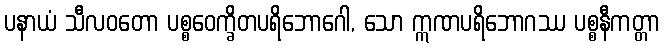
ပနာယံ သီလဝတော ပစ္စဝေက္ခိတပရိဘောဂေါ, သော ဣဏပရိဘောဂဿ ပစ္စနီကတ္တာ